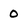
Character: 0